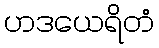
ဟဒယေရိတံ